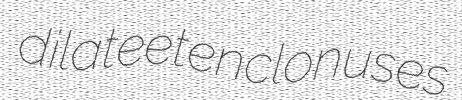
dilate eten clonuses